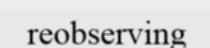
reobserving